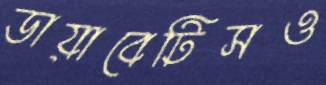
ডায়াবেটিসও